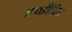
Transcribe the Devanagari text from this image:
अच्छाैदित